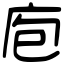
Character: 庖